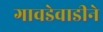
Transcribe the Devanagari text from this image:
गावडेवाडीने